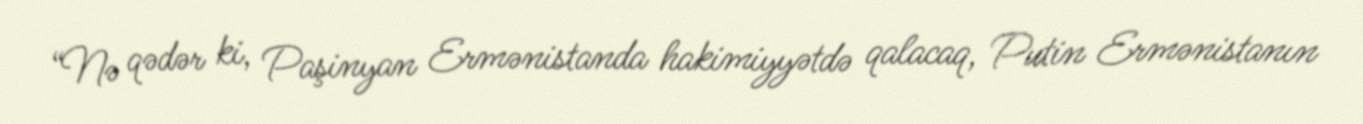
“Nə qədər ki, Paşinyan Ermənistanda hakimiyyətdə qalacaq, Putin Ermənistanın